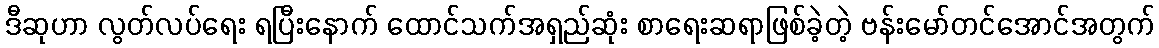
ဒီဆုဟာ လွတ်လပ်ရေး ရပြီးနောက် ထောင်သက်အရှည်ဆုံး စာရေးဆရာဖြစ်ခဲ့တဲ့ ဗန်းမော်တင်အောင်အတွက်